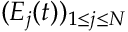
( E _ { j } ( t ) ) _ { 1 \leq j \leq N }